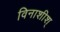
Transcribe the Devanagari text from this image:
विनाशीश्